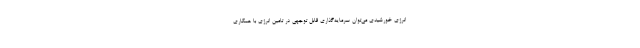
انرژی خورشیدی می‌توان سرمایه‌گذاری قابل توجهی در تامین انرژی با همکاری